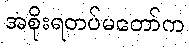
အစိုးရတပ်မတော်က